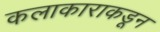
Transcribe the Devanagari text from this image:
कलाकाराकडून